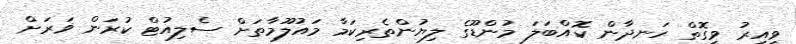
ވީއިރު ވީގޮތް ހަނދާން ކޮއްބަލަ މުންޑޫގެ ލިޔުންތެރިކަމާ މައުލޫމާތަށް ސެލިއުޓް ކުރަން ޥަރަށް